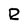
Character: R